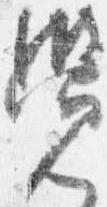
覚